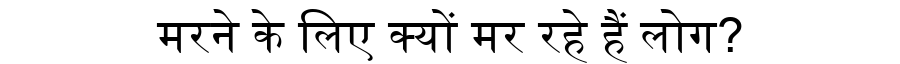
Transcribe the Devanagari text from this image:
मरने के लिए क्यों मर रहे हैं लोग?